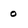
Character: O